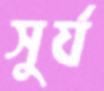
সুর্য